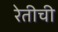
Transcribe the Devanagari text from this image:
रेतीची